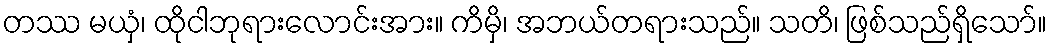
တဿ မယှံ၊ ထိုငါဘုရားလောင်းအား။ ကိမှိ၊ အဘယ်တရားသည်။ သတိ၊ ဖြစ်သည်ရှိသော်။